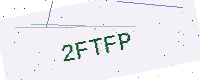
Text: 2FTFP